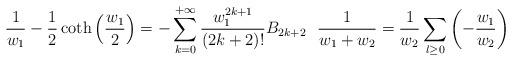
LaTeX: \begin{align*}\frac{1}{w_{1}}-\frac{1}{2}\coth\left(\frac{w_{1}}{2}\right)= -\sum_{k = 0}^{+ \infty} \frac{w_{1}^{2k+1}}{\left(2k+2\right)!}B_{2k+2}\thinspace \thinspace \thinspace \thinspace\frac{1}{w_1+w_2}= \frac{1}{w_2}\sum_{l \ge 0} \left(- \frac{w_1}{w_2}\right)\end{align*}